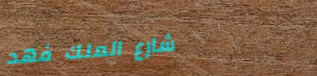
شارع الملك فهد